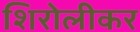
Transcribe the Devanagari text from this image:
शिरोलीकर